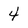
Character: 4